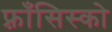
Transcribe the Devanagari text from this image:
फ़्राँसिस्को